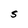
Character: S